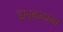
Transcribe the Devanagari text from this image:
इश्कनामा